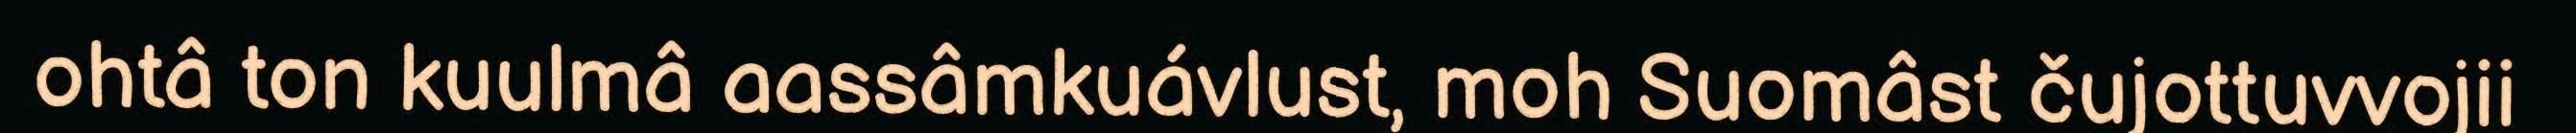
ohtâ ton kuulmâ aassâmkuávlust, moh Suomâst čujottuvvojii